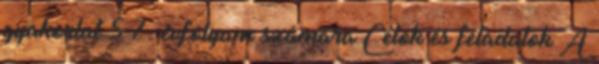
gyakorlat 5 7. évfolyam számára Célok és feladatok A